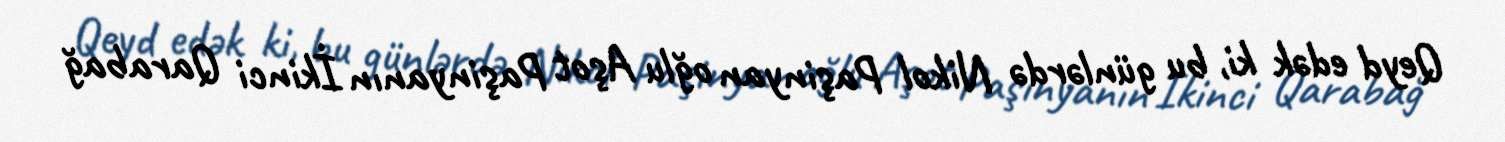
Qeyd edək ki, bu günlərdə Nikol Paşinyan oğlu Aşot Paşinyanın İkinci Qarabağ